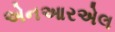
એનઆરએલ